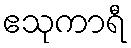
ဧသုကာရီ